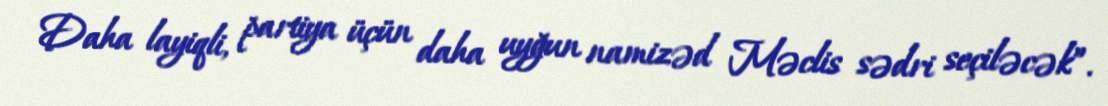
Daha layiqli, partiya üçün daha uyğun namizəd Məclis sədri seçiləcək”.